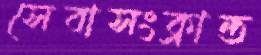
সেবাসংক্রান্ত